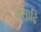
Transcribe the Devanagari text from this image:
असाढि